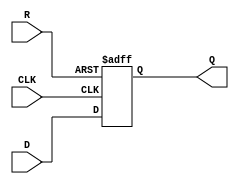
module neg_edge_d_ff (
    input D,
    input CLK,
    input R,
    output reg Q
);

always @ (negedge CLK or posedge R)
begin
    if(R)
        Q <= 1'b0; // Predefined state when reset
    else
        Q <= D; // Store D value on negative edge of clock signal
end

endmodule